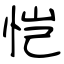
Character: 恺